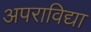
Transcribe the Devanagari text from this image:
अपराविद्या